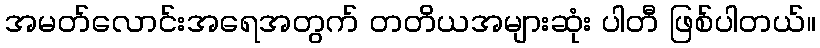
အမတ်လောင်းအရေအတွက် တတိယအများဆုံး ပါတီ ဖြစ်ပါတယ်။